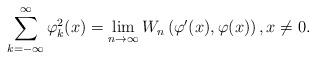
LaTeX: \begin{align*} \sum_{k=-\infty}^{\infty}\varphi_{k}^{2}(x)=\lim_{n\to\infty}W_{n}\left(\varphi'(x),\varphi(x)\right), x\neq0. \end{align*}